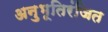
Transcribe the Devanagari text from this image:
अनुभूतिरंजित